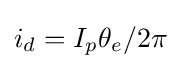
i_{d}=I_{p}\theta _{e}/2\pi